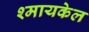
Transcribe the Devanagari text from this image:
श्मायकेल